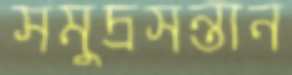
সমুদ্রসন্তান